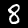
Label: 8